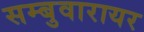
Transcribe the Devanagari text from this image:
सम्बुवारायर